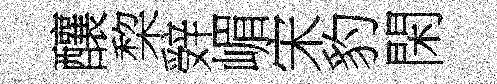
釀棃辤嵋宋豹閑